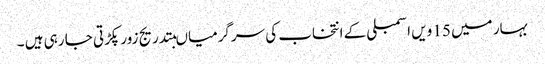
بہار میں 15 ویں اسمبلی کے انتخاب کی سرگرمیاںبتدریج زور پکڑتی جا رہی ہیں ۔